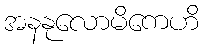
အနနုလောမိကေဟိ